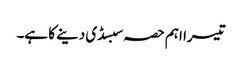
تیسرا اہم حصہ سبسڈی دینے کا ہے۔